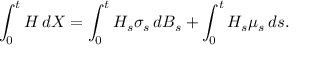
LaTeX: \int _ { 0 } ^ { t } H \, d X = \int _ { 0 } ^ { t } H _ { s } \sigma _ { s } \, d B _ { s } + \int _ { 0 } ^ { t } H _ { s } \mu _ { s } \, d s .